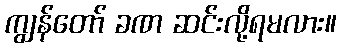
ကျွန်တော် ခဏ ဆင်းလို့ရမလား။